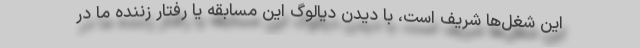
این شغل‌ها شریف است، با دیدن دیالوگ این مسابقه یا رفتار زننده ما در